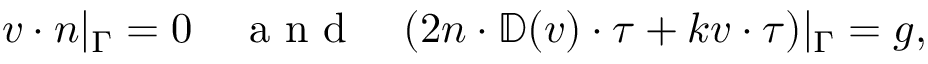
\begin{array} { r } { v \cdot n | _ { \Gamma } = 0 \quad \mathrm { ~ a ~ n ~ d ~ } \quad ( 2 n \cdot \mathbb { D } ( v ) \cdot \tau + k v \cdot \tau ) | _ { \Gamma } = g , } \end{array}